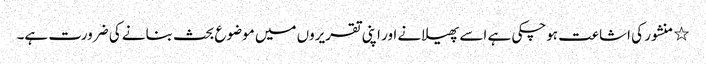
٭	منشور کی اشاعت ہوچکی ہے اسے پھیلانے اور اپنی تقریروں میں موضوع بحث بنانے کی ضرورت ہے۔